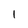
Character: 1